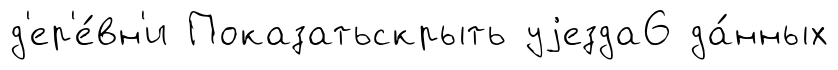
д'ер'е́вн'и Показатьскрыть уjезда6 да́нных